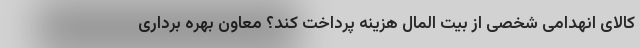
کالای انهدامی شخصی از بیت المال هزینه پرداخت کند؟ معاون بهره برداری